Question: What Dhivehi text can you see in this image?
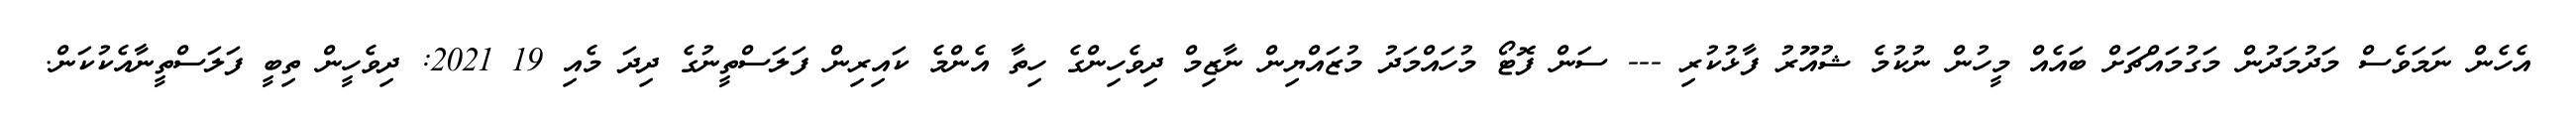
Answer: އެހެން ނަމަވެސް މަދުމަދުން މަގުމައްޗަށް ބައެއް މީހުން ނުކުމެ ޝުއޫރު ފާޅުކުރި --- ސަން ފޮޓޯ މުހައްމަދު މުޒައްޔިން ނާޒިމް ދިވެހިންގެ ހިތާ އެންމެ ކައިރިން ފަލަސްތީނުގެ ދިދަ މެއި 19 2021: ދިވެހީން ތިބީ ފަލަސްތީނާއެކުކަން.